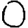
Digit: 0